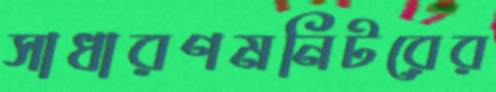
সাধারণমনিটরের